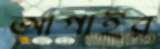
আগাইর